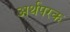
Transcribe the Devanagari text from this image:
अर्थपरक